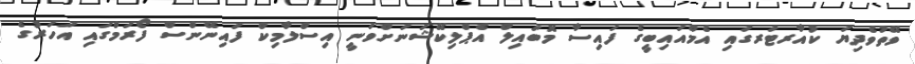
ވޭތުވެދިޔަ ކުއާރޓަރގައި އެމްއައިބީގެ ފައިސާ މޮބައިލް އެޕްލިކޭޝަނަށްވަނީ އިސްލާމިކް ފައިނޭންސް ފޯރަމްގައި އަހަރުގެ